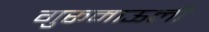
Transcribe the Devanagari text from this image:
गुरूमाऊली